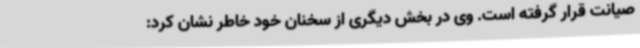
صیانت قرار گرفته است. وی در بخش دیگری از سخنان خود خاطر نشان کرد: